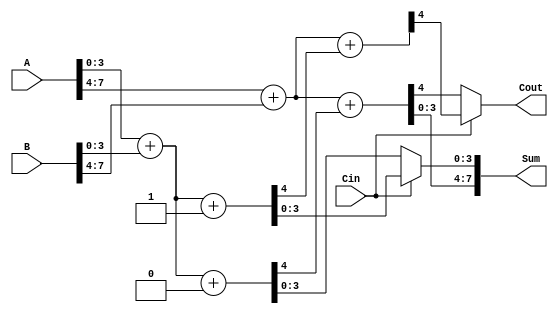
module carry_select_adder (
    input [7:0] A,      // 8-bit input A
    input [7:0] B,      // 8-bit input B
    input Cin,          // Carry-in
    output [7:0] Sum,   // 8-bit Sum output
    output Cout         // Carry-out
);
    wire [3:0] S0, S1;  // Sum outputs for blocks assuming Cin = 0 and Cin = 1
    wire C0, C1;        // Carry outputs for blocks assuming Cin = 0 and Cin = 1
    wire C0_next, C1_next; // Next carry outputs for the next block

    // Block 0 (LSB)
    assign {C0, S0} = A[3:0] + B[3:0] + 1'b0; // Sum when Cin = 0
    assign {C1, S1} = A[3:0] + B[3:0] + 1'b1; // Sum when Cin = 1

    // Block 1 (MSB)
    assign {C0_next, Sum[7:4]} = A[7:4] + B[7:4] + C0; // Sum when carry from block 0
    assign {C1_next, Sum[7:4]} = A[7:4] + B[7:4] + C1; // Sum when carry from block 1

    // MUX to select final Sum and Cout
    assign Sum[3:0] = (Cin == 1'b0) ? S0 : S1; // Select sum based on Cin
    assign Cout = (Cin == 1'b0) ? C0_next : C1_next; // Select carry-out based on Cin

endmodule